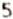
5